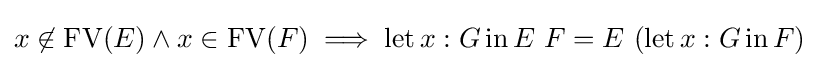
x\not \in \operatorname {FV} (E)\land x\in \operatorname {FV} (F)\implies \operatorname {let} x:G\operatorname {in} E\ F=E\ (\operatorname {let} x:G\operatorname {in} F)